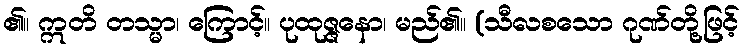
၏။ ဣတိ တသ္မာ၊ ကြောင့်။ ပုထုဇ္ဇနော၊ မည်၏။ (သီလစသော ဂုဏ်တို့ဖြင့်